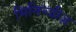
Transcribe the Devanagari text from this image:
मिनिन्जीज़